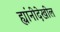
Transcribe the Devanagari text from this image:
ह्यांनीदेखील